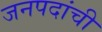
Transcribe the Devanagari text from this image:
जनपदांची